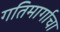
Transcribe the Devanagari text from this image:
गतिमार्गाचा